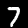
Label: 7